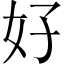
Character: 好